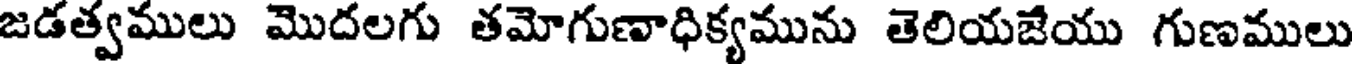
జడత్వములు మొదలగు తమోగుణాధిక్యమును తెలియజేయు గుణములు